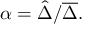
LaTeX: \alpha = { \hat { \Delta } } / { \overline { { \Delta } } } .